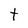
Character: t